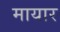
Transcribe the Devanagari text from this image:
मायार